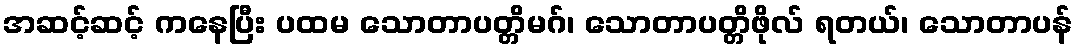
အဆင့်ဆင့် ကနေပြီး ပထမ သောတာပတ္တိမဂ်၊ သောတာပတ္တိဖိုလ် ရတယ်၊ သောတာပန်